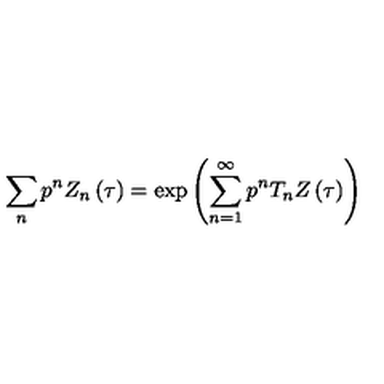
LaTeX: \sum _ { n } p ^ { n } Z _ { n } \left( \tau \right) = \exp \left( \sum _ { n = 1 } ^ { \infty } p ^ { n } T _ { n } Z \left( \tau \right) \right)